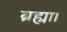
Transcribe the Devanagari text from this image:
ब्रह्मा।